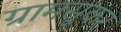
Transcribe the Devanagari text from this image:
ग्रामसूकर